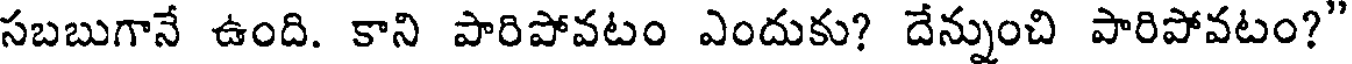
సబబుగానే ఉంది. కాని పారిపోవటం ఎందుకు? దేన్నుంచి పారిపోవటం?"